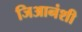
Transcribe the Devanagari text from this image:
जिआनंशी